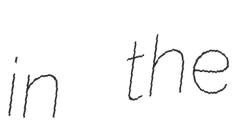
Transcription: in the